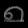
Digit: ၈